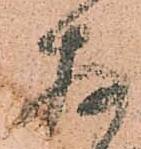
存